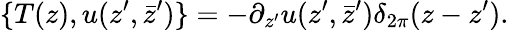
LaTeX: \{ T(z),u(z^{\prime},\bar{z}^{\prime})\} =-\partial_{z^{\prime}}u(z^{\prime},\bar{z}^{\prime})\delta_{2\pi}(z-z^{\prime}).